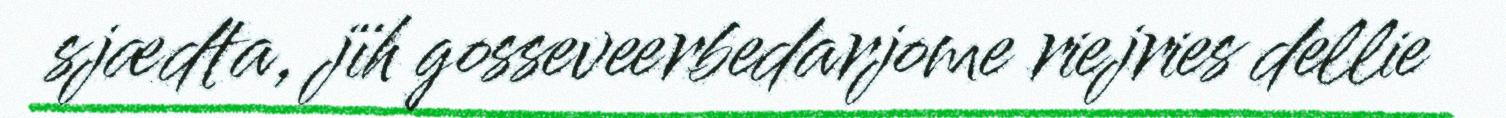
sjædta, jïh gosseveerbedarjome riejries dellie